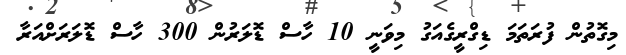
މިގޮތުން ފުރަތަމަ ޑިގްރީގެއަގު މިވަނީ 10 ހާސް ޑޮލަރުން 300 ހާސް ޑޮލަރަށްއަރާ